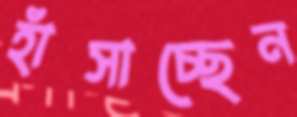
হাঁসাচ্ছেন